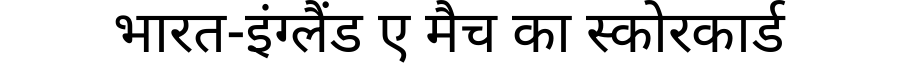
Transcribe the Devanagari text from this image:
भारत-इंग्लैंड ए मैच का स्कोरकार्ड